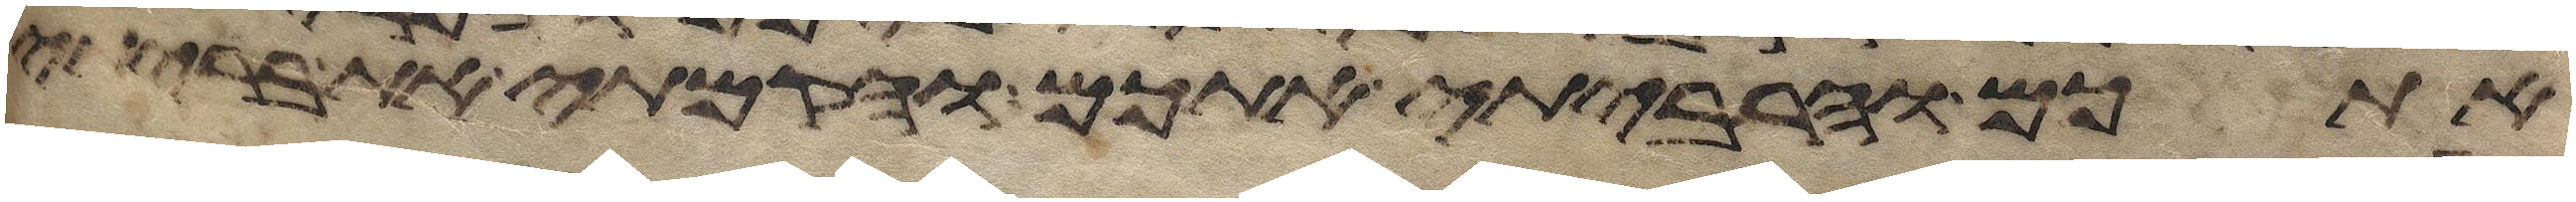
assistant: אתכם והרביתי אתכם והקמתי את בריתי